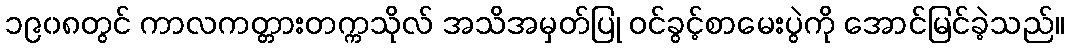
၁၉၀၈တွင် ကာလကတ္တားတက္ကသိုလ် အသိအမှတ်ပြု ဝင်ခွင့်စာမေးပွဲကို အောင်မြင်ခဲ့သည်။